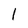
Character: l